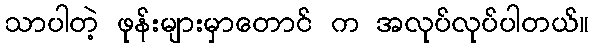
သာပါတဲ့ ဖုန်းများမှာတောင် က အလုပ်လုပ်ပါတယ်။